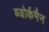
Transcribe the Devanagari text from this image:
ब्जोर्कमैन